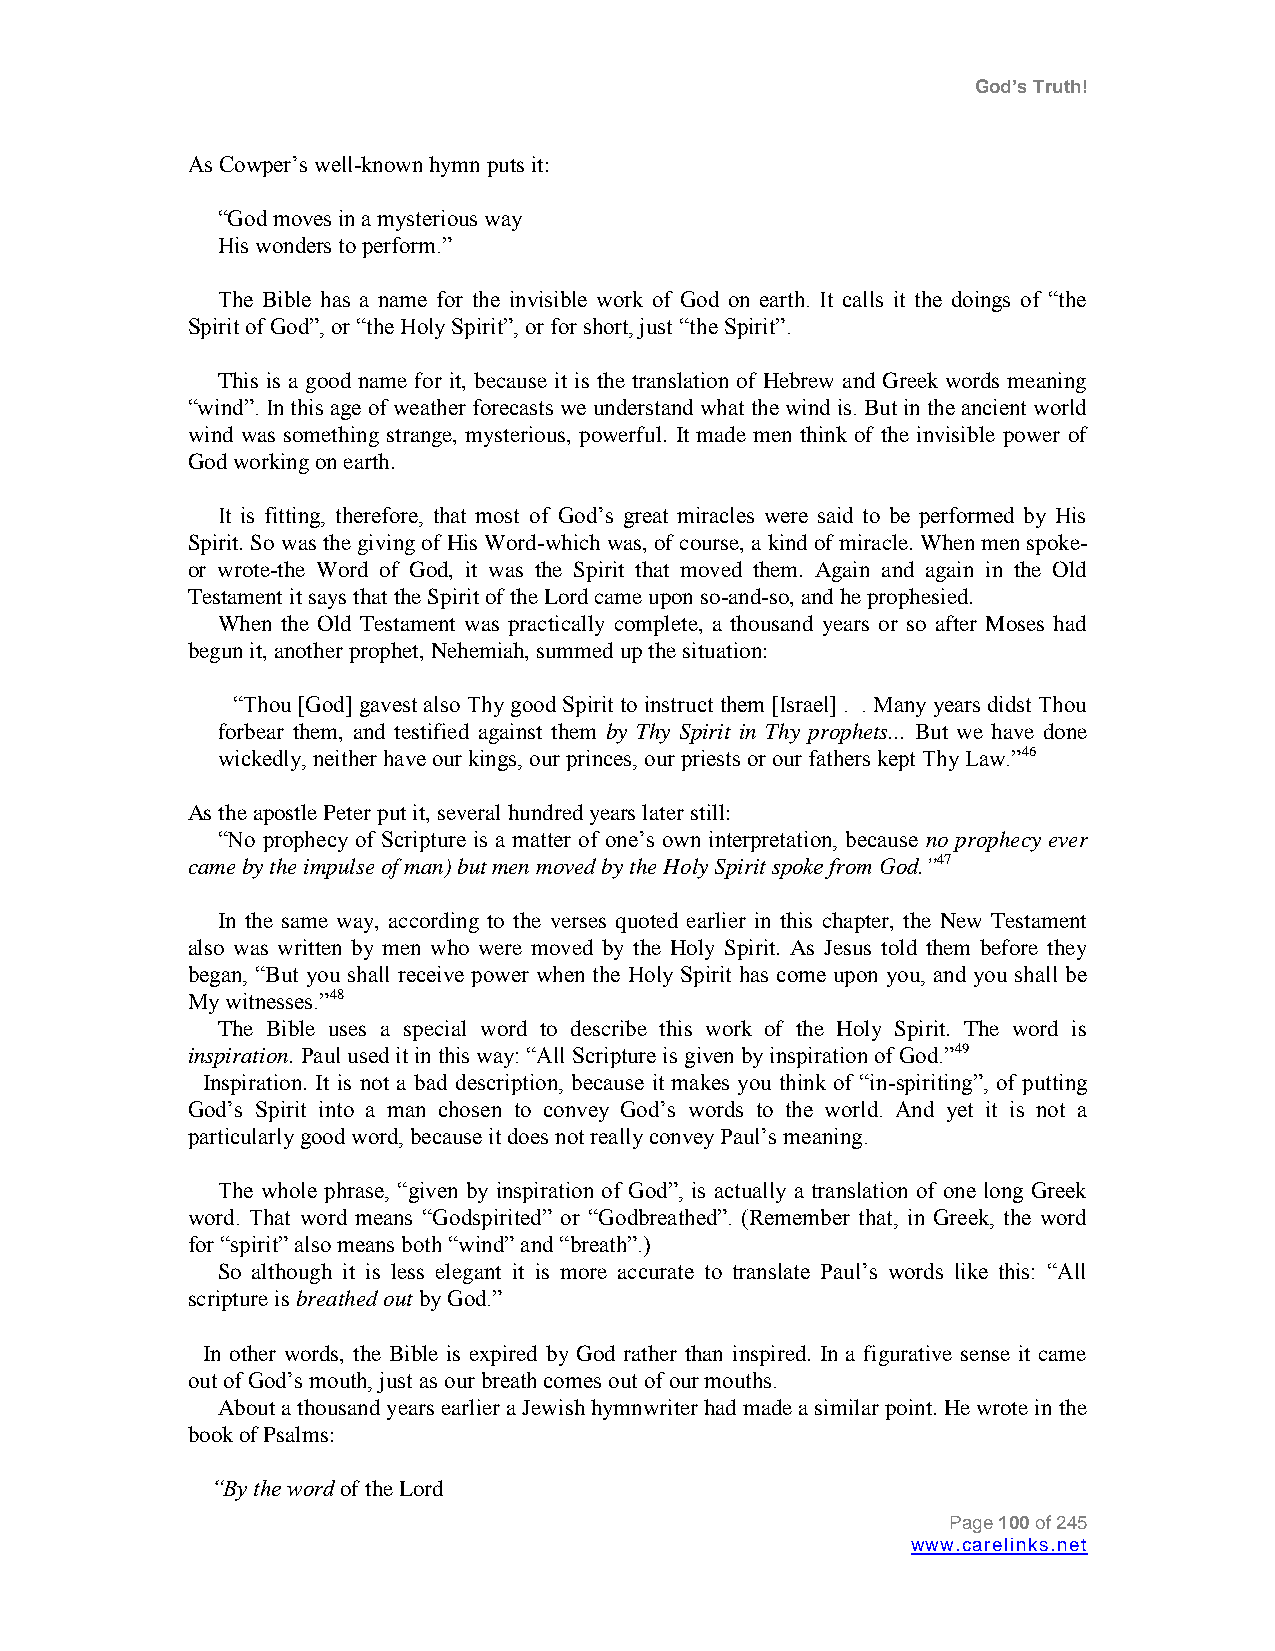
God’s Truth!
 As Cowper‟s well-known hymn puts it:
 “God moves in a mysterious way
 His wonders to perform.”
 The Bible has a name for the invisible work of God on earth. It calls it the doings of “the
 Spirit of God”, or “the Holy Spirit”, or for short, just “the Spirit”.
 This is a good name for it, because it is the translation of Hebrew and Greek words meaning
 “wind”. In this age of weather forecasts we understand what the wind is. But in the ancient world
 wind was something strange, mysterious, powerful. It made men think of the invisible power of
 God working on earth.
 It is fitting, therefore, that most of God‟s great miracles were said to be performed by His
 Spirit. So was the giving of His Word-which was, of course, a kind of miracle. When men spoke-
 or wrote-the Word of God, it was the Spirit that moved them. Again and again in the Old
 Testament it says that the Spirit of the Lord came upon so-and-so, and he prophesied.
 When the Old Testament was practically complete, a thousand years or so after Moses had
 begun it, another prophet, Nehemiah, summed up the situation:
 “Thou [God] gavest also Thy good Spirit to instruct them [Israel] . . Many years didst Thou
 forbear them, and testified against them by Thy Spirit in Thy prophets... But we have done
 wickedly, neither have our kings, our princes, our priests or our fathers kept Thy Law.”46
 As the apostle Peter put it, several hundred years later still:
 “No prophecy of Scripture is a matter of one‟s own interpretation, because no prophecy ever
 came by the impulse of man) but men moved by the Holy Spirit spoke from God.”47
 In the same way, according to the verses quoted earlier in this chapter, the New Testament
 also was written by men who were moved by the Holy Spirit. As Jesus told them before they
 began, “But you shall receive power when the Holy Spirit has come upon you, and you shall be
 My witnesses.”48
 The Bible uses a special word to describe this work of the Holy Spirit. The word is
 inspiration. Paul used it in this way: “All Scripture is given by inspiration of God.”49
 Inspiration. It is not a bad description, because it makes you think of “in-spiriting”, of putting
 God‟s Spirit into a man chosen to convey God‟s words to the world. And yet it is not a
 particularly good word, because it does not really convey Paul‟s meaning.
 The whole phrase, “given by inspiration of God”, is actually a translation of one long Greek
 word. That word means “Godspirited” or “Godbreathed”. (Remember that, in Greek, the word
 for “spirit” also means both “wind” and “breath”.)
 So although it is less elegant it is more accurate to translate Paul‟s words like this: “All
 scripture is breathed out by God.”
 In other words, the Bible is expired by God rather than inspired. In a figurative sense it came
 out of God‟s mouth, just as our breath comes out of our mouths.
 About a thousand years earlier a Jewish hymnwriter had made a similar point. He wrote in the
 book of Psalms:
 “By the word of the Lord
 Page 100 of 245
 www.carelinks.net